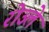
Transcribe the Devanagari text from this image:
रोउले